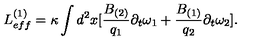
L _ { e f f } ^ { ( 1 ) } = \kappa \int d ^ { 2 } x [ \frac { B _ { ( 2 ) } } { q _ { 1 } } \partial _ { t } \omega _ { 1 } + \frac { B _ { ( 1 ) } } { q _ { 2 } } \partial _ { t } \omega _ { 2 } ] .